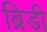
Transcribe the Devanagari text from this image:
ब्रिडी